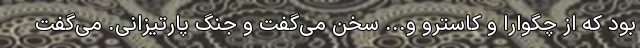
بود که از چگوارا و کاسترو و... سخن می‌گفت و جنگ پارتیزانی. می‌گفت